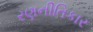
રણનીતિકાર